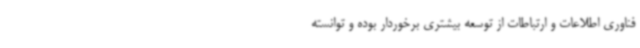
فناوری اطلاعات و ارتباطات از توسعه بیشتری برخوردار بوده و توانسته